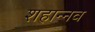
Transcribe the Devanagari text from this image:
शहान्‍नव